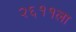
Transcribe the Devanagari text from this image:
२६११ला